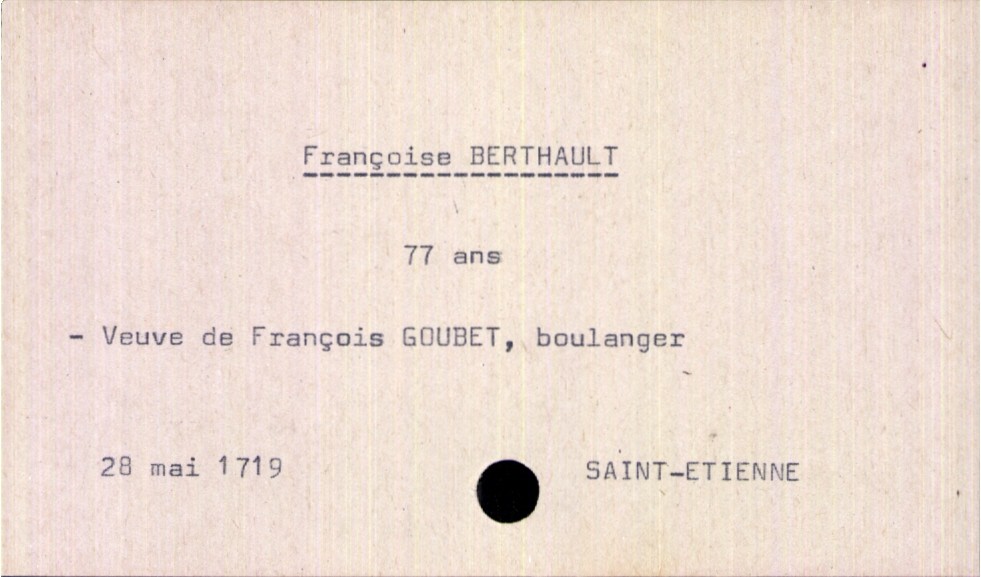
type_acte: Décès
année: 1719
mois: mai
jour: 28
paroisse: Saint-Etienne
défunt_nom: Berthault
défunt_prénom: Françoise
défunt_sexe: F
défunt_âge: 77 ans
défunt_statut: veuf(ve)